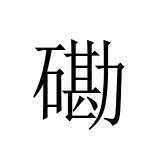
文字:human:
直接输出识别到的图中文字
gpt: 磡